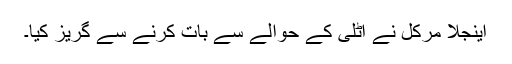
اینجلا مرکل نے اٹلی کے حوالے سے بات کرنے سے گریز کیا۔